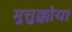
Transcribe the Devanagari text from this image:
मुत्तुक्कोया